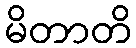
မိတာတိ